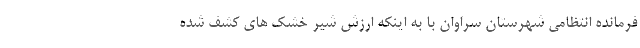
فرمانده انتظامی شهرستان سراوان با به اینکه ارزش شیر خشک های کشف شده